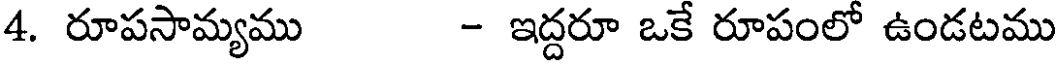
4. రూపసామ్యము - ఇద్దరూ ఒకే రూపంలో ఉండటము